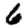
Digit: 6